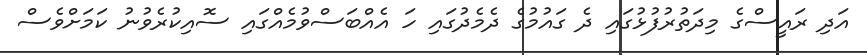
އަދި ރައީސްގެ މިދަތުރުފުޅުގައި ދެ ގައުމުގެ ދެމެދުގައި ހަ އެއްބަސްވުމެއްގައި ސޮއިކުރެވުނު ކަމަށްވެސް